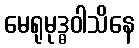
မေရုမုဒ္ဓဝါသိနေ